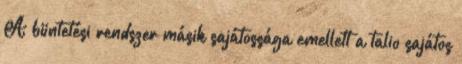
A büntetési rendszer másik sajátossága emellett a talio sajátos